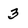
Character: 3